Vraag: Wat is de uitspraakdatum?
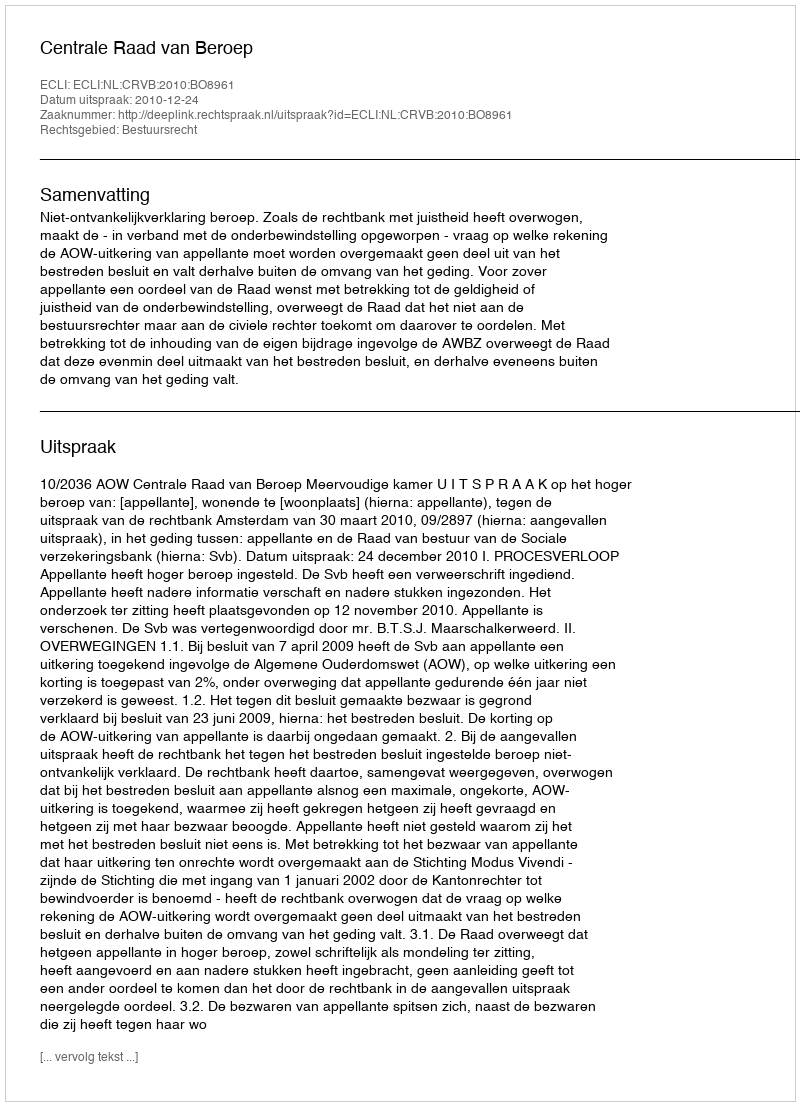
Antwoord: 2010-12-24